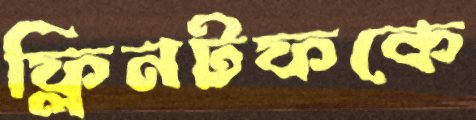
ফ্লিনটফকে